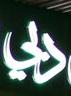
دبي